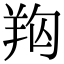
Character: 𦍨